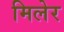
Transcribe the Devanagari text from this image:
मिलेर